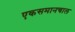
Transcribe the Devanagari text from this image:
एकसमानचाल